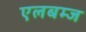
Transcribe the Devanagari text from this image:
एलबम्ज